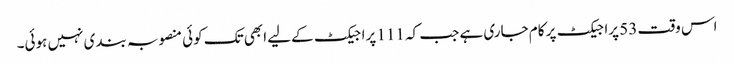
اس وقت 53 پراجیکٹ پر کام جاری ہے جب کہ 111 پراجیکٹ کےلیے ابھی تک کوئی منصوبہ بندی نہیں ہوئی۔